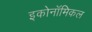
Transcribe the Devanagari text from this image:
इकोनॉमिकल